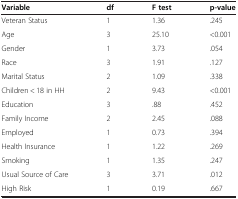
<table><thead><tr><td><b>Variable</b></td><td><b>df</b></td><td><b>F test</b></td><td><b>p-value</b></td></tr></thead><tbody><tr><td>Veteran Status</td><td>1</td><td>1.36</td><td>.245</td></tr><tr><td>Age</td><td>3</td><td>25.10</td><td>&lt;0.001</td></tr><tr><td>Gender</td><td>1</td><td>3.73</td><td>.054</td></tr><tr><td>Race</td><td>3</td><td>1.91</td><td>.127</td></tr><tr><td>Marital Status</td><td>2</td><td>1.09</td><td>.338</td></tr><tr><td>Children &lt; 18 in HH</td><td>2</td><td>9.43</td><td>&lt;0.001</td></tr><tr><td>Education</td><td>3</td><td>.88</td><td>.452</td></tr><tr><td>Family Income</td><td>2</td><td>2.45</td><td>.088</td></tr><tr><td>Employed</td><td>1</td><td>0.73</td><td>.394</td></tr><tr><td>Health Insurance</td><td>1</td><td>1.22</td><td>.269</td></tr><tr><td>Smoking</td><td>1</td><td>1.35</td><td>.247</td></tr><tr><td>Usual Source of Care</td><td>3</td><td>3.71</td><td>.012</td></tr><tr><td>High Risk</td><td>1</td><td>0.19</td><td>.667</td></tr></tbody></table>